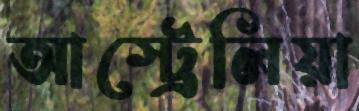
আস্ট্রেলিয়া